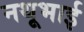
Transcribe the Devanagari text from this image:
नथूभाई